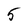
Character: 5